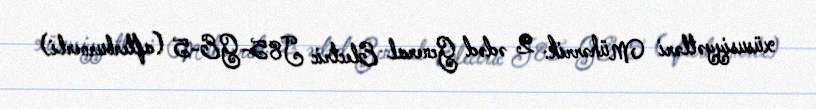
xüsusiyyətləri Mühərrik: 2 ədəd General Electric J85-GE-5 (afterburnerli)